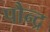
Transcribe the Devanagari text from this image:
पौन्द्र